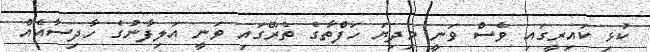
ކުޅި ކައިރީގައި ވެސް ވަނީ މިދިޔަ ހަފްތާގެ ތެރޭގައި ވަނީ އަލިފާނުގެ ހާދިސާއެއް